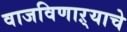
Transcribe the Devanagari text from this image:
वाजविणाऱ्याचे